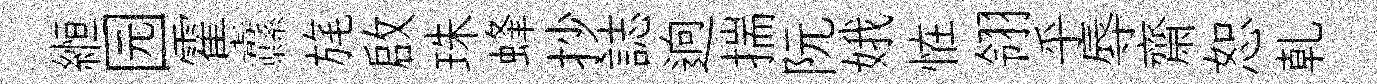
縆园霍纛旄啟珠蜂抄誌逈揣阮娥恠翎乎辱齋恕乹